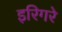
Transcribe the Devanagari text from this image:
इरिगरे